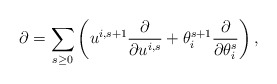
\begin{align*}\partial = \sum_{s\geq0} \left( u^{i,s+1} \frac{\partial }{\partial u^{i,s}} + \theta_i^{s+1} \frac{\partial }{\partial \theta_i^s} \right),\end{align*}